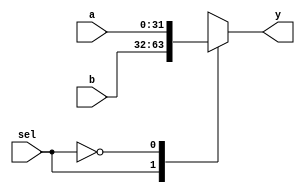
//-----------------------------------------------------------------------------
// Title         : 2-1 multiplexer
//-----------------------------------------------------------------------------

module mux2( sel, a, b, y );
    parameter bitwidth=32;
    input sel;
    input  [bitwidth-1:0] a, b;
    output [bitwidth-1:0] y;
    reg [bitwidth-1:0] y ;
	
	always@( a or b or sel )
	begin
	  case(sel)
	    1'b1 : y = b ;
	    1'b0 : y = a ;
	    default y = a ;
	  endcase
	end  
	
    // assign y = (sel==1'b1) ? b : a; 
endmodule